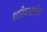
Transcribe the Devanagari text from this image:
धारिष्ट्याचीच